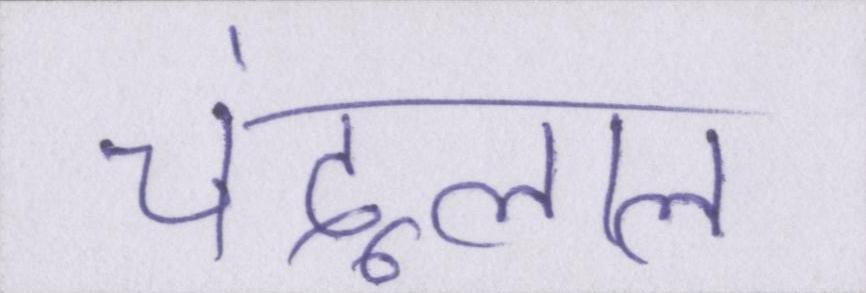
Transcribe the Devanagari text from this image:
चंदूलाल